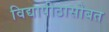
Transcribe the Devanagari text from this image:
विद्यापीठासोबत